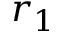
r _ { 1 }